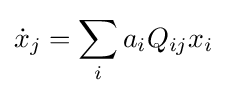
{\dot {x}}_{j}=\sum _{i}a_{i}Q_{ij}x_{i}